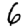
Digit: 6